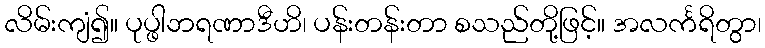
လိမ်းကျံ၍။ ပုပ္ဖါဘရဏာဒီဟိ၊ ပန်းတန်းတာ စသည်တို့ဖြင့်။ အလင်္ကရိတွာ၊